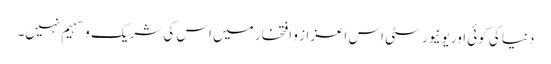
دنیا کی کوئی اور یونیورسٹی اس اعزاز و افتخار میں اس کی شریک و سہیم نہیں۔